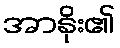
အာနိုး၏